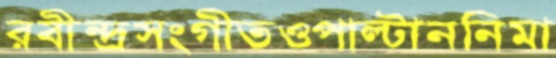
রবীন্দ্রসংগীতওপাল্টাননিমা